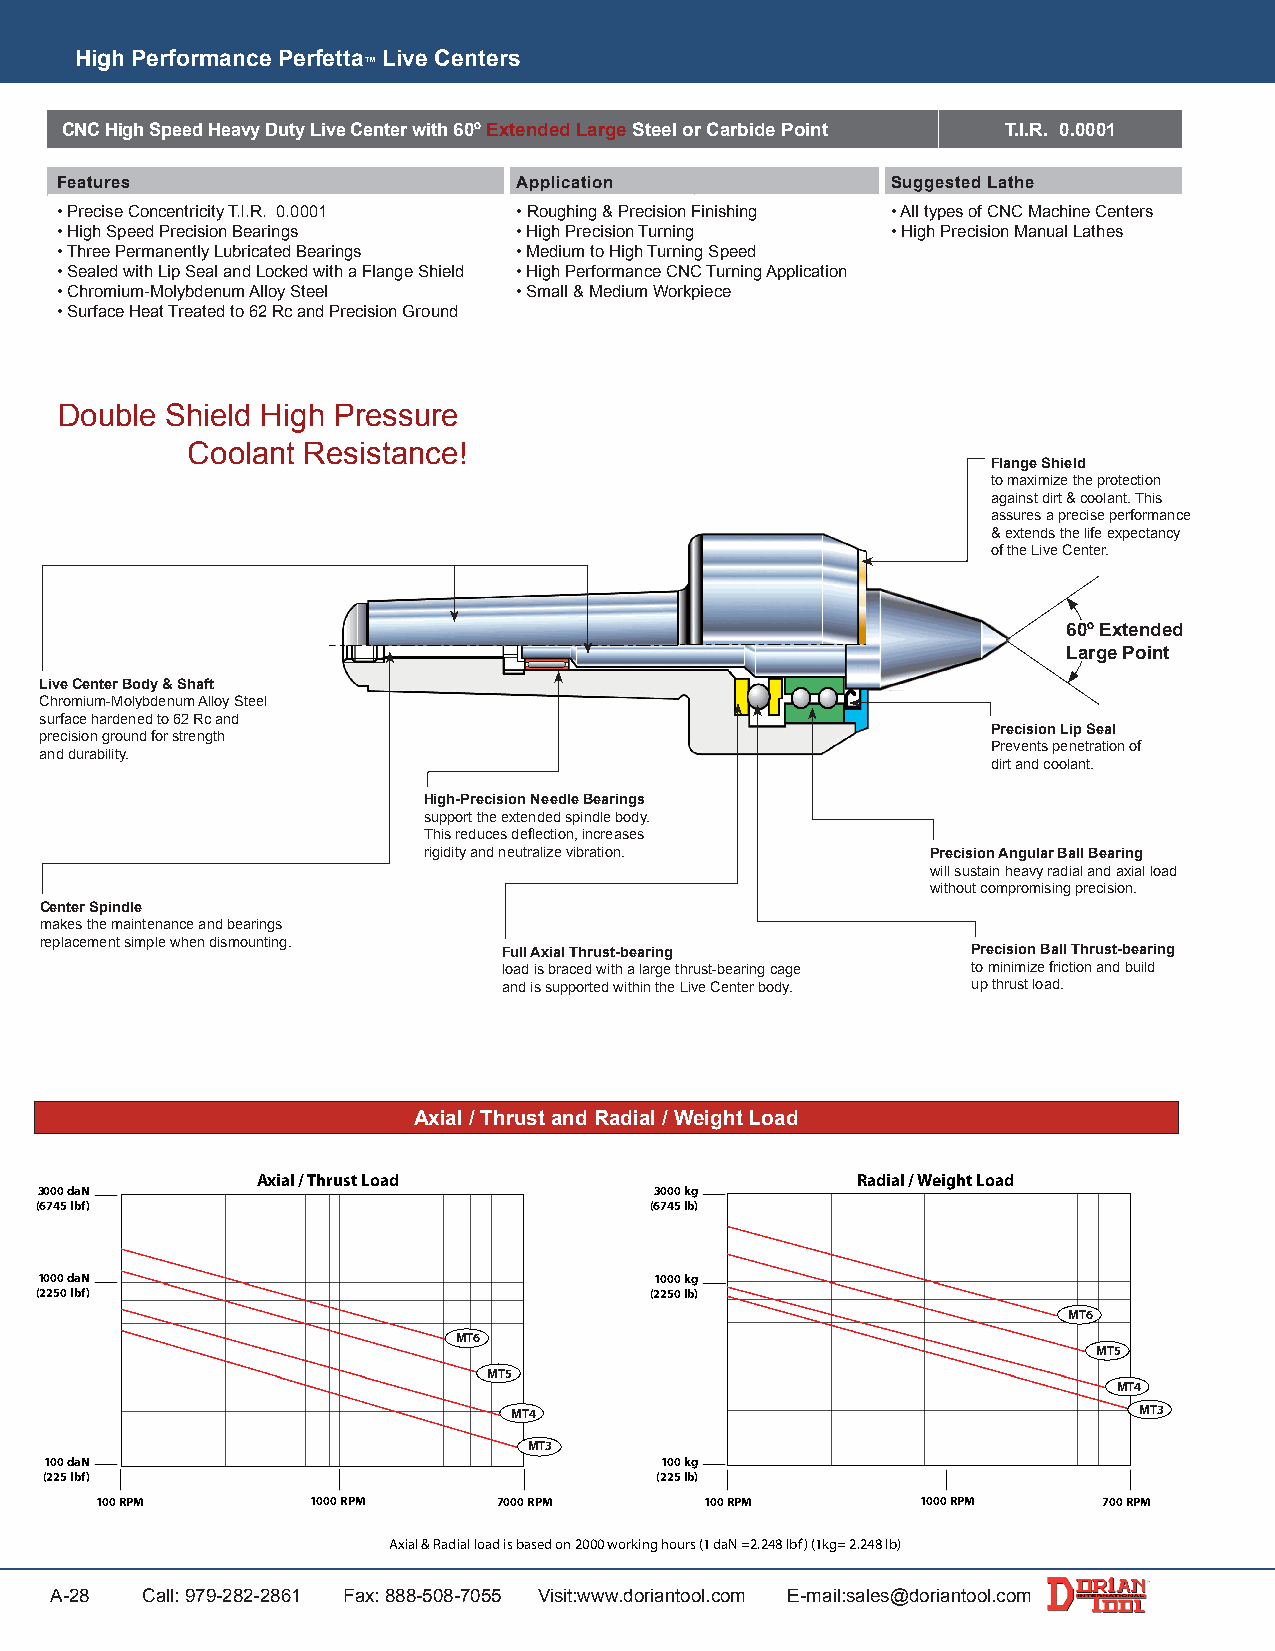
High Performance Perfetta Live Centers
 ™
 CNC High Speed Heavy Duty Live Center with 60º Extended Large Steel or Carbide Point T.I.R. 0.0001
 Features                      Application              Suggested Lathe
 • Precise Concentricity T.I.R. 0.0001 • Roughing & Precision Finishing • All types of CNC Machine Centers
 • High Speed Precision Bearings • High Precision Turning • High Precision Manual Lathes
 • Three Permanently Lubricated Bearings • Medium to High Turning Speed
 • Sealed with Lip Seal and Locked with a Flange Shield • High Performance CNC Turning Application
 • Chromium-Molybdenum Alloy Steel • Small & Medium Workpiece
 • Surface Heat Treated to 62 Rc and Precision Ground
 Double Shield High Pressure
 Coolant Resistance!
 Flange Shield
 to maximize the protection
 against dirt & coolant. This
 assures a precise performance
 & extends the life expectancy
 of the Live Center.
 60º Extended
 Large Point
 Live Center Body & Shaft
 Chromium-Molybdenum Alloy Steel
 surface hardened to 62 Rc and
 Precision Lip Seal
 precision ground for strength
 Prevents penetration of
 and durability.
 dirt and coolant.
 High-Precision Needle Bearings
 support the extended spindle body.
 This reduces deflection, increases
 rigidity and neutralize vibration. Precision Angular Ball Bearing
 will sustain heavy radial and axial load
 without compromising precision.
 Center Spindle
 makes the maintenance and bearings
 replacement simple when dismounting.
 Full Axial Thrust-bearing      Precision Ball Thrust-bearing
 load is braced with a large thrust-bearing cage to minimize friction and build
 and is supported within the Live Center body. up thrust load.
 Axial / Thrust and Radial / Weight Load
 Axial / Thrust Load                     Radial / Weight Load
 3000 daN                                 3000 kg
 (6745 lbf)                               (6745 lb)
 1000 daN                                 1000 kg
 (2250 lbf)                               (2250 lb)
 MT6
 MT6
 MT5
 MT5
 MT4
 MT4                                      MT3
 MT3
 100 daN                                  100 kg
 (225 lbf)                               (225 lb)
 100 RPM        1000 RPM    7000 RPM      100 RPM       1000 RPM    700 RPM
 Axial & Radial load is based on 2000 working hours (1 daN =2.248 lbf) (1kg= 2.248 lb)
 A-28  Call: 979-282-2861 Fax: 888-508-7055 Visit:www.doriantool.com E-mail:sales@doriantool.com